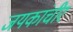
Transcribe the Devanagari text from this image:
जयकांचीर